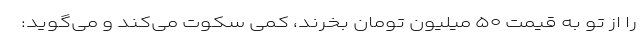
را از تو به قیمت ۵۰ میلیون تومان بخرند، کمی سکوت می‌کند و می‌گوید: